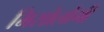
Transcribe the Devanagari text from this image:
मिसोलोंगी